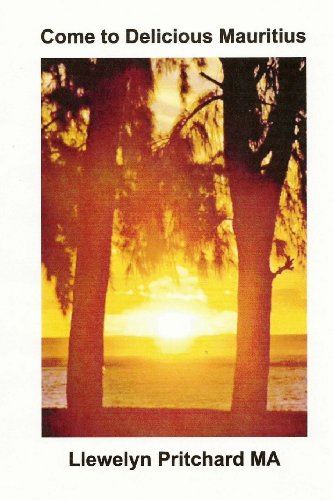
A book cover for Come to Delicious Mauritius: Relax and unwind (Photo Albums) (Volume 19) (Hindi Edition); Llewelyn Pritchard MA; Travel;